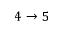
4 \to 5